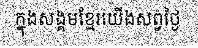
ក្នុងសង្គមខ្មែរយើងសព្វថ្ងៃ